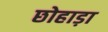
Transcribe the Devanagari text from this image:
छोहाड़ा